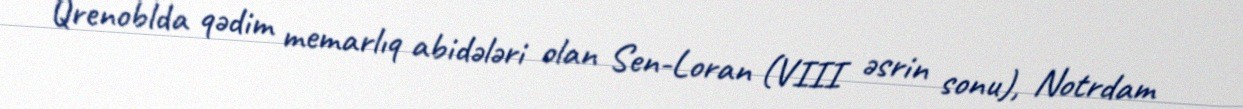
Qrenoblda qədim memarlıq abidələri olan Sen-Loran (VIII əsrin sonu), Notrdam